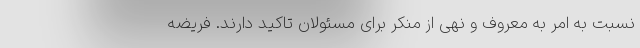
نسبت به امر به معروف و نهی از منکر برای مسئولان تاکید دارند. فریضه